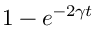
1 - e ^ { - 2 \gamma t }